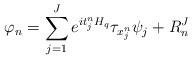
LaTeX: \begin{align*}\varphi_{n}=\sum_{j=1}^{J} e^{it_{j}^nH_q} \tau_{x_{j}^n}\psi_j + R_n^J\end{align*}